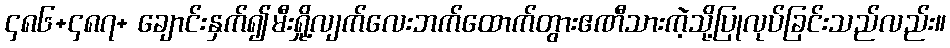
၄၈၆+၄၈၇+ ချောင်းနှက်၍မီးရှို့လျက်လေးဘက်ထောက်တွားဧဏီသားကဲ့သို့ပြုလုပ်ခြင်းသည်လည်း။